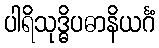
ပါရိသုဒ္ဓိပဓာနိယင်္ဂံ